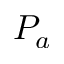
P _ { a }